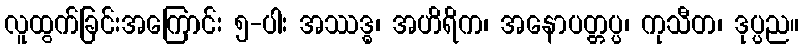
လူထွက်ခြင်းအကြောင်း ၅-ပါး အဿဒ္ဓ၊ အဟိရိက၊ အနောပတ္တပ္ပ၊ ကုသီတ၊ ဒုပ္ပည။